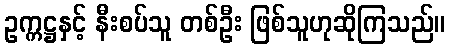
ဥက္ကဋ္ဌနှင့် နီးစပ်သူ တစ်ဦး ဖြစ်သူဟုဆိုကြသည်။